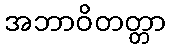
အဘာဝိတတ္တာ